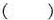
( )